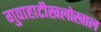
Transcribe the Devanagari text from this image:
गुवाहाटीखलोखाल